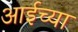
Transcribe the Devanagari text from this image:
आईच्‍या